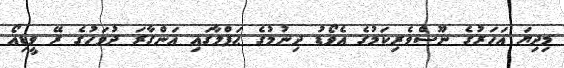
މިދިޔަ އަހަރުގެ ނޫސްވެރިކަމުގެ އެވޯޑު ދިނުމުގެ ޙަފްލާގައި އަންގާރަ ދުވަހުގެ ރޭ ވީޑިއޯ